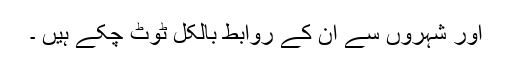
اور شہروں سے ان کے روابط بالکل ٹوٹ چکے ہیں ۔